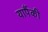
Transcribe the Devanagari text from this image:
यापैंकी